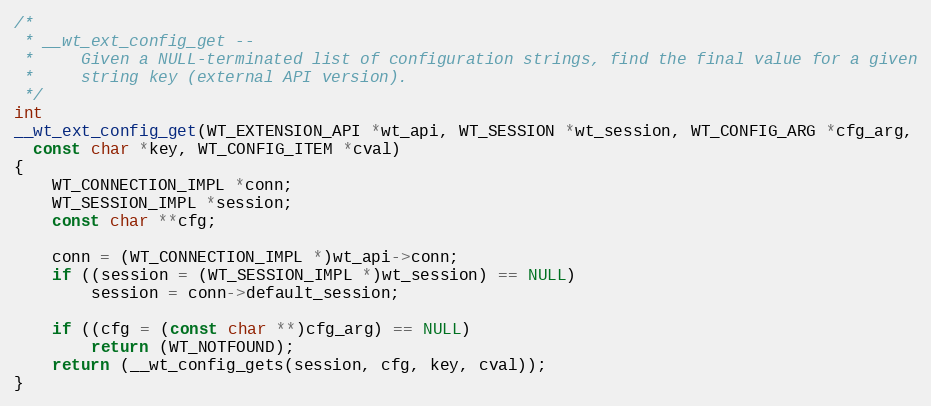
Language: C
/*
 * __wt_ext_config_get --
 *     Given a NULL-terminated list of configuration strings, find the final value for a given
 *     string key (external API version).
 */
int
__wt_ext_config_get(WT_EXTENSION_API *wt_api, WT_SESSION *wt_session, WT_CONFIG_ARG *cfg_arg,
  const char *key, WT_CONFIG_ITEM *cval)
{
    WT_CONNECTION_IMPL *conn;
    WT_SESSION_IMPL *session;
    const char **cfg;

    conn = (WT_CONNECTION_IMPL *)wt_api->conn;
    if ((session = (WT_SESSION_IMPL *)wt_session) == NULL)
        session = conn->default_session;

    if ((cfg = (const char **)cfg_arg) == NULL)
        return (WT_NOTFOUND);
    return (__wt_config_gets(session, cfg, key, cval));
}